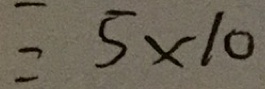
= 5 \times 1 0